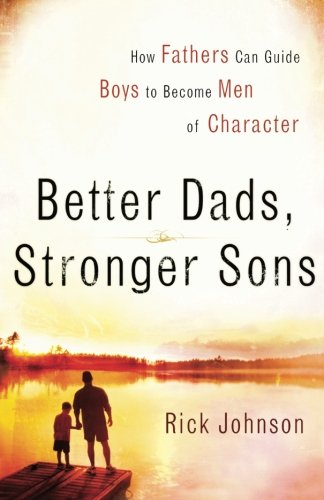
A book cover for Better Dads, Stronger Sons: How Fathers Can Guide Boys to Become Men of Character; Rick Johnson; Parenting & Relationships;